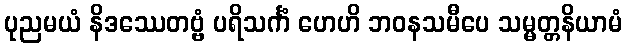
ပုညမယံ နိဒဿေတဗ္ဗံ ပရိသင်္ကံ ဟေဟိ ဘဝနသမီပေ သမ္မတ္တနိယာမံ